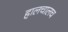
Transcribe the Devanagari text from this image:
हालचालच